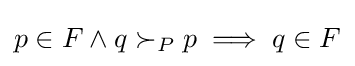
p\in F\land q\succ _{P}p\implies q\in F